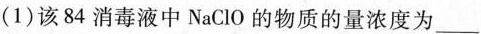
(1)该84消毒液中NaClO的物质的量浓度为___